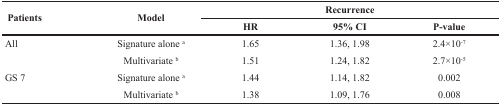
| <ROWSPAN=2> Patients | <ROWSPAN=2> Model | <COLSPAN=3> Recurrence |
 | HR | 95% CI | P-value |
 | --- | --- | --- | --- | --- |
 | All | Signature alone a | 1.65 | 1.36, 1.98 | 2.4×10−7 |
 |  | Multivariate b | 1.51 | 1.24, 1.82 | 2.7×10−5 |
 | GS 7 | Signature alone a | 1.44 | 1.14, 1.82 | 0.002 |
 |  | Multivariate b | 1.38 | 1.09, 1.76 | 0.008 |